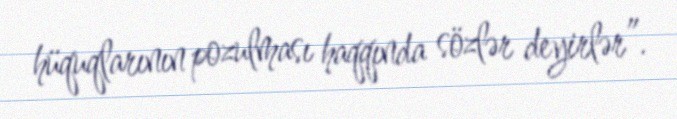
hüquqlarının pozulması haqqında sözlər deyirlər”.